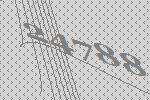
24788